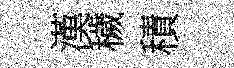
漢穢積